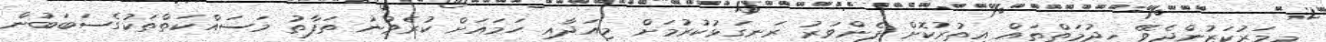
މިމަރުކަޒުންދެވޭ ޚިދުމަތްތައް އިތުރުކޮށް ފެންވަރު ރަނގަޅުކުރުމަށް މިއަދާއި ހަމައަށް ކުރެވުނު ތަފާތު މަސައްކަތްތަކުގެސަބަބުން